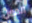
العمل